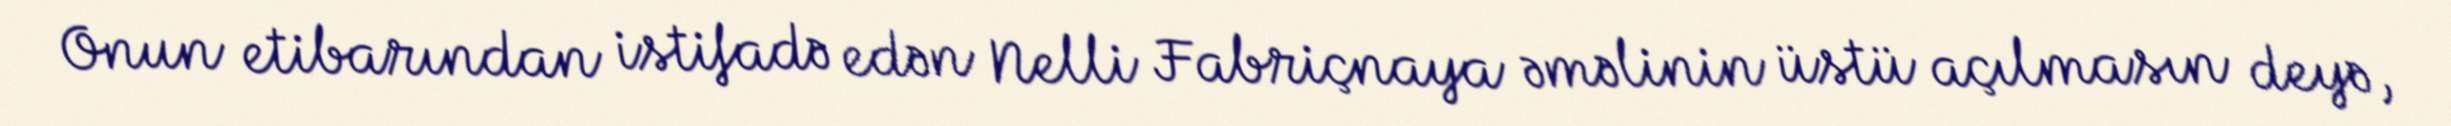
Onun etibarından istifadə edən Nelli Fabriçnaya əməlinin üstü açılmasın deyə,